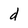
Character: d